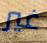
غير